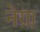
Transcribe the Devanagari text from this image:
नेग्रा